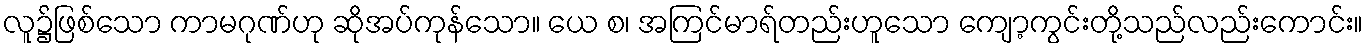
လူ၌ဖြစ်သော ကာမဂုဏ်ဟု ဆိုအပ်ကုန်သော။ ယေ စ၊ အကြင်မာရ်တည်းဟူသော ကျော့ကွင်းတို့သည်လည်းကောင်း။